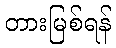
တားမြစ်ရန်